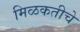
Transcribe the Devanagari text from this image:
मिळकतीचे